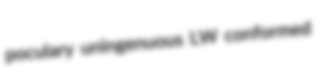
poculary uningenuous LW conformed